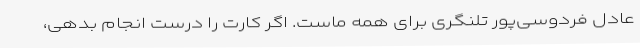
عادل فردوسی‌پور تلنگری برای همه ماست. اگر کارت را درست انجام بدهی،